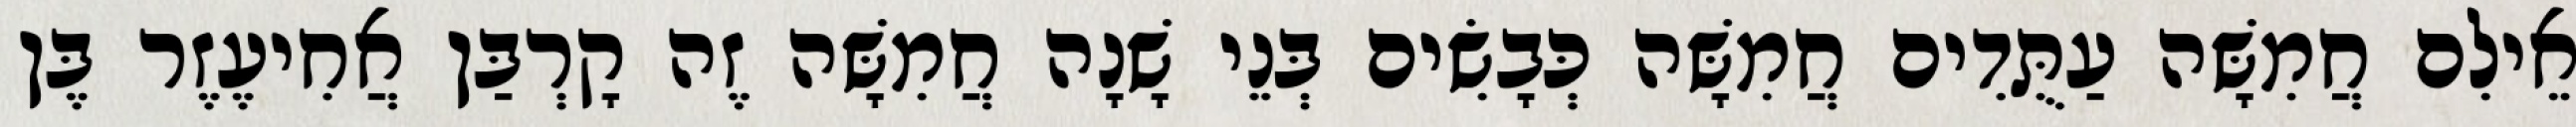
אֵילִם חֲמִשָּׁה עַתֻּדִים חֲמִשָּׁה כְּבָשִׂים בְּנֵי שָׁנָה חֲמִשָּׁה זֶה קָרְבַּן אֲחִיעֶזֶר בֶּן